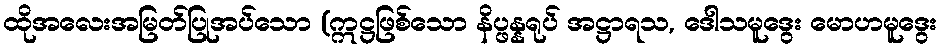
ထိုအလေးအမြတ်ပြုအပ်သော (ဣဋ္ဌဖြစ်သော နိပ္ဖန္နရုပ် အဋ္ဌာရသ, ဒေါသမူဒွေး မောဟမူဒွေး